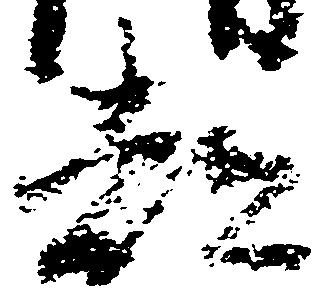
都